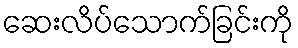
ဆေးလိပ်သောက်ခြင်းကို